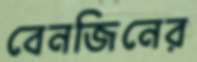
বেনজিনের